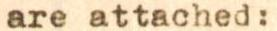
are attached: